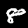
Digit: 8